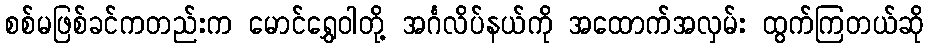
စစ်မဖြစ်ခင်ကတည်းက မောင်ရွှေဝါတို့ အင်္ဂလိပ်နယ်ကို အထောက်အလှမ်း ထွက်ကြတယ်ဆို